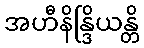
အဟီနိန္ဒြိယန္တိ